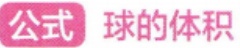
公式 球的体积